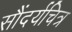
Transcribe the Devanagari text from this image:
सौंदर्यचित्र